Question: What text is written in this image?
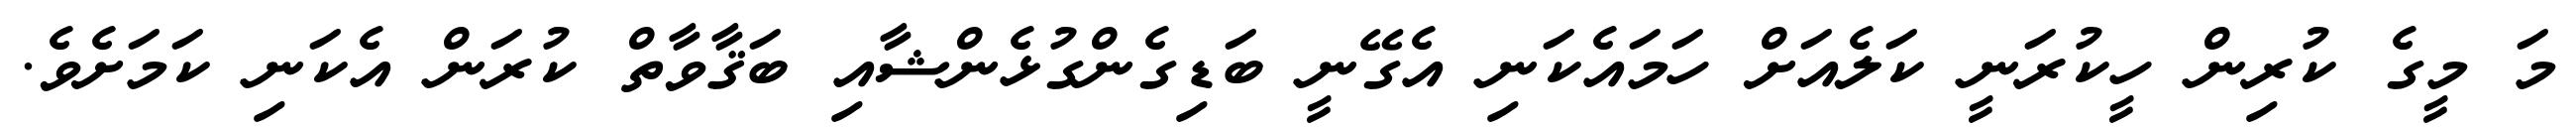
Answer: މަ މީގެ ކުރިން ހީކުރަނީ ކަލެއަށް ހަމައެކަނި އެގޭނީ ބަޑިގެންގުޅެންޝާއި ބަޤާވާތް ކުރަން އެކަނި ކަމަށެވެ.